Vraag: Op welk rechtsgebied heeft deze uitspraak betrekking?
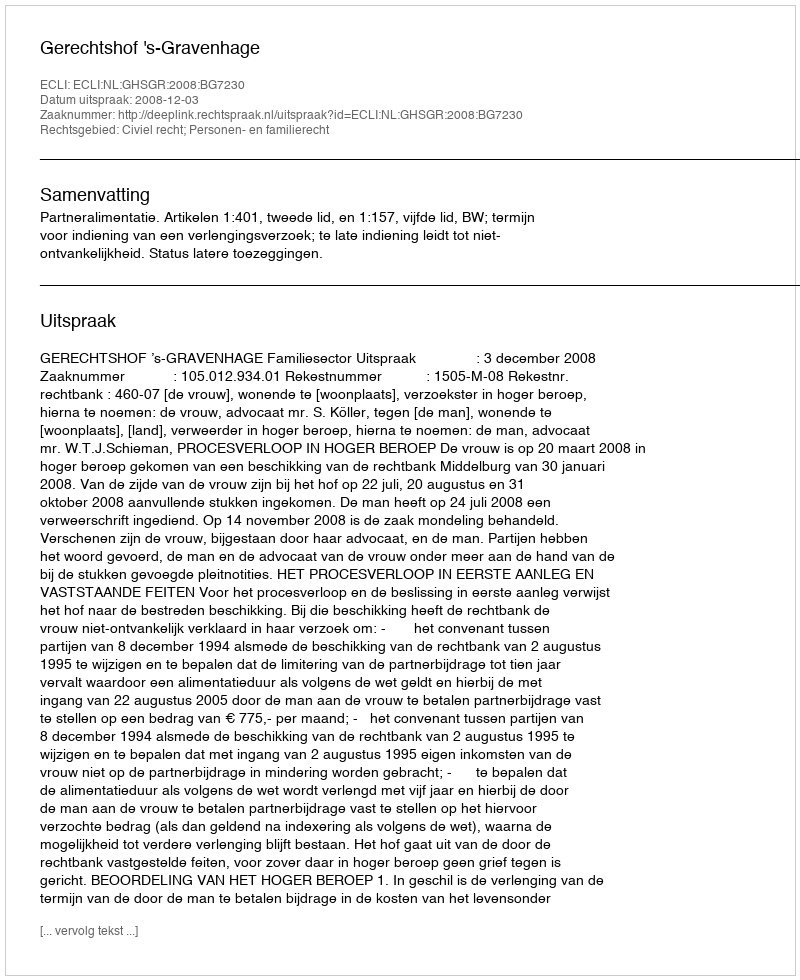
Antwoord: Civiel recht; Personen- en familierecht